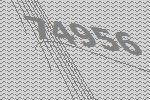
74956